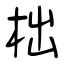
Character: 柮